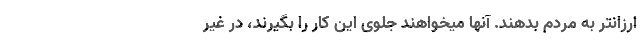
ارزانتر به مردم بدهند. آنها میخواهند جلوی این کار را بگیرند، در غیر